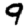
Digit: 9